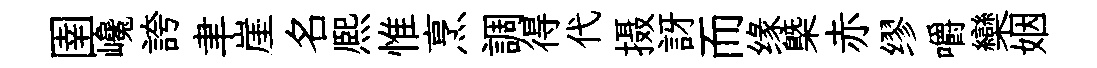
圉巉誇聿崖名熈惟烹調得代摄訝而缘㮣赤缪嚼欒姻